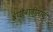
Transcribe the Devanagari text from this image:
श्रेणीवाढीसाठी